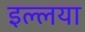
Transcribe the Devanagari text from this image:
इल्लया